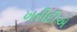
ખરીદીએ